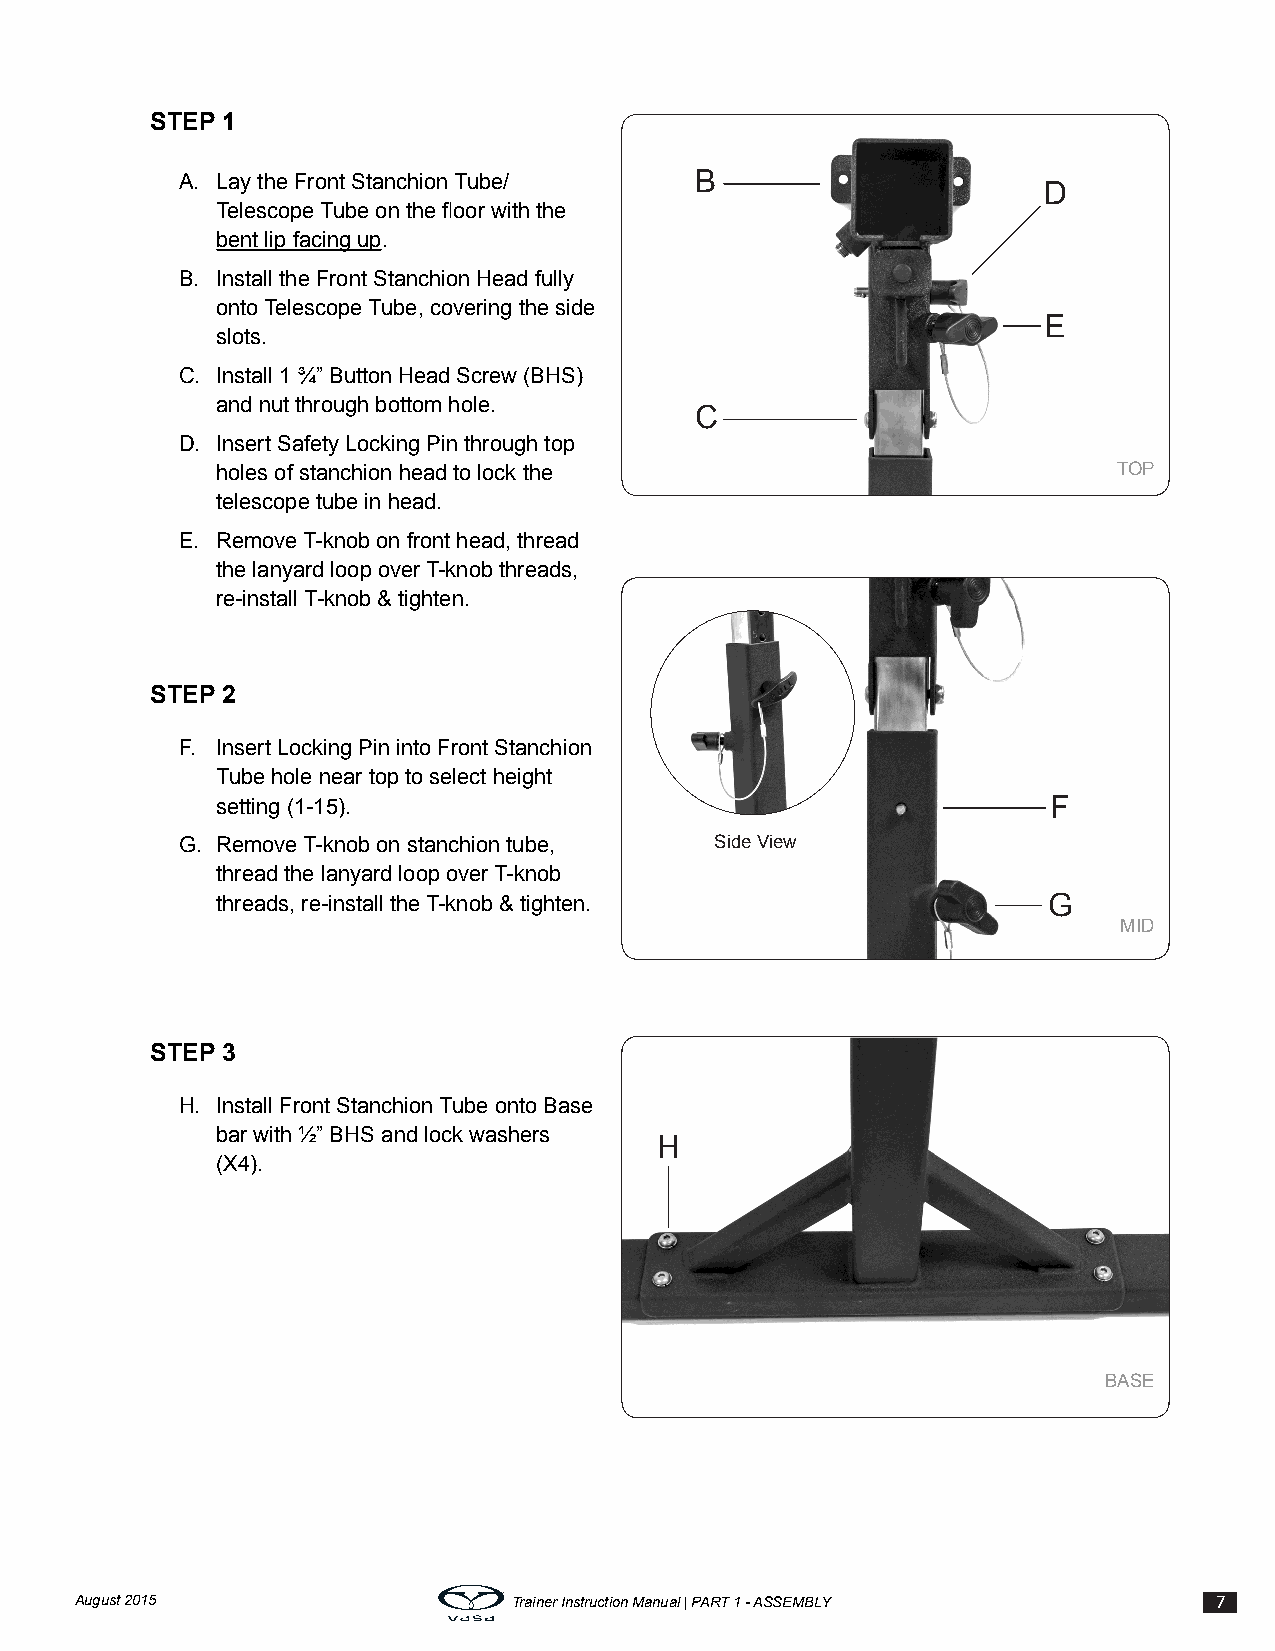
STEP 1
 A. Lay the Front Stanchion Tube/  B
 D
 Telescope Tube on the floor with the
 bent lip facing up.
 B. Install the Front Stanchion Head fully
 onto Telescope Tube, covering the side
 E
 slots.
 C. Install 1 ¾” Button Head Screw (BHS)
 and nut through bottom hole.
 C
 D. Insert Safety Locking Pin through top
 holes of stanchion head to lock the                         TOP
 telescope tube in head.
 E. Remove T-knob on front head, thread
 the lanyard loop over T-knob threads,
 re-install T-knob & tighten.
 STEP 2
 F. Insert Locking Pin into Front Stanchion
 Tube hole near top to select height
 setting (1-15).                                         F
 G. Remove T-knob on stanchion tube, Side View
 thread the lanyard loop over T-knob
 threads, re-install the T-knob & tighten.              G
 MID
 STEP 3
 H. Install Front Stanchion Tube onto Base
 bar with ½” BHS and lock washers
 H
 (X4).
 BASE
 August 2015                  Trainer Instruction Manual | PART 1 - ASSEMBLY 7